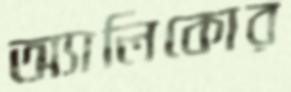
অ্যালিকোর